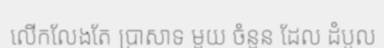
លើកលែងតែ ប្រាសាទ មួយ ចំនួន ដែល ដំបូល